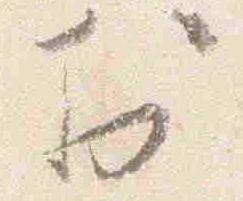
於